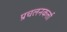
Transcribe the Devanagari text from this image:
प्रचलनकर्त्ता